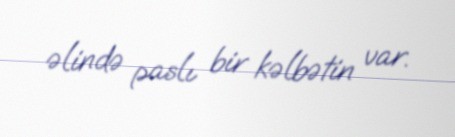
əlində paslı bir kəlbətin var.